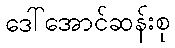
ဒေါ်အောင်ဆန်းစု